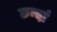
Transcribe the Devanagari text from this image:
छन्दां